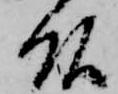
頭